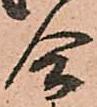
合